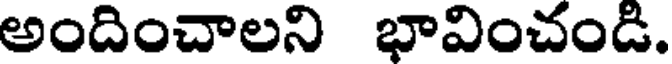
అందించాలని భావించండి.